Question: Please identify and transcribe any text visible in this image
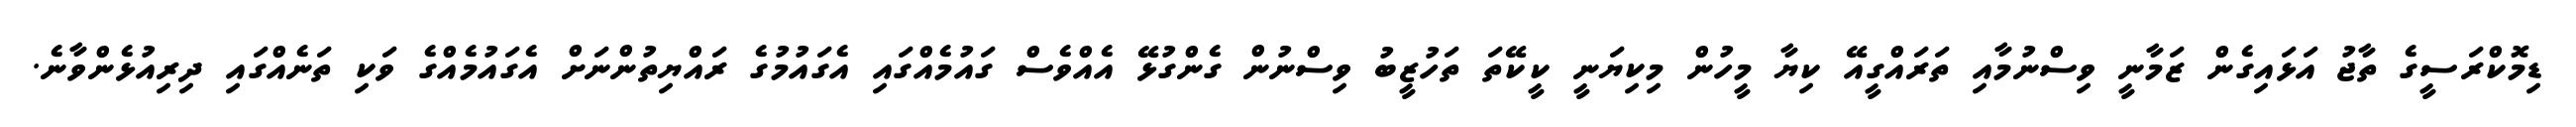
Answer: ޑިމޮކްރަސީގެ ތާޖު އަޅައިގެން ޒަމާނީ ވިސްނުމާއި ތަރައްގީއޭ ކިޔާ މީހުން މިކިޔަނީ ކީކޭތަ ތަހުޒީބު ވިސްނުން ގެންގުޅޭ އެއްވެސް ގައުމެއްގައި އެގައުމުގެ ރައްޔިތުންނަށް އެގައުމެއްގެ ވަކި ތަނެއްގައި ދިރިއުޅެންވާނެ.